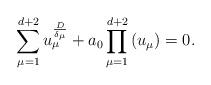
LaTeX: \begin{align*}\sum_{\mu =1}^{d+2}u_{\mu }^{\frac{D}{\delta _{\mu }}}+a_{0}\prod_{\mu=1}^{d+2}\left( u_{\mu }\right) =0.\end{align*}